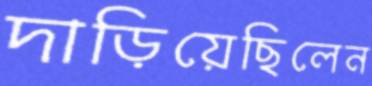
দাড়িয়েছিলেন